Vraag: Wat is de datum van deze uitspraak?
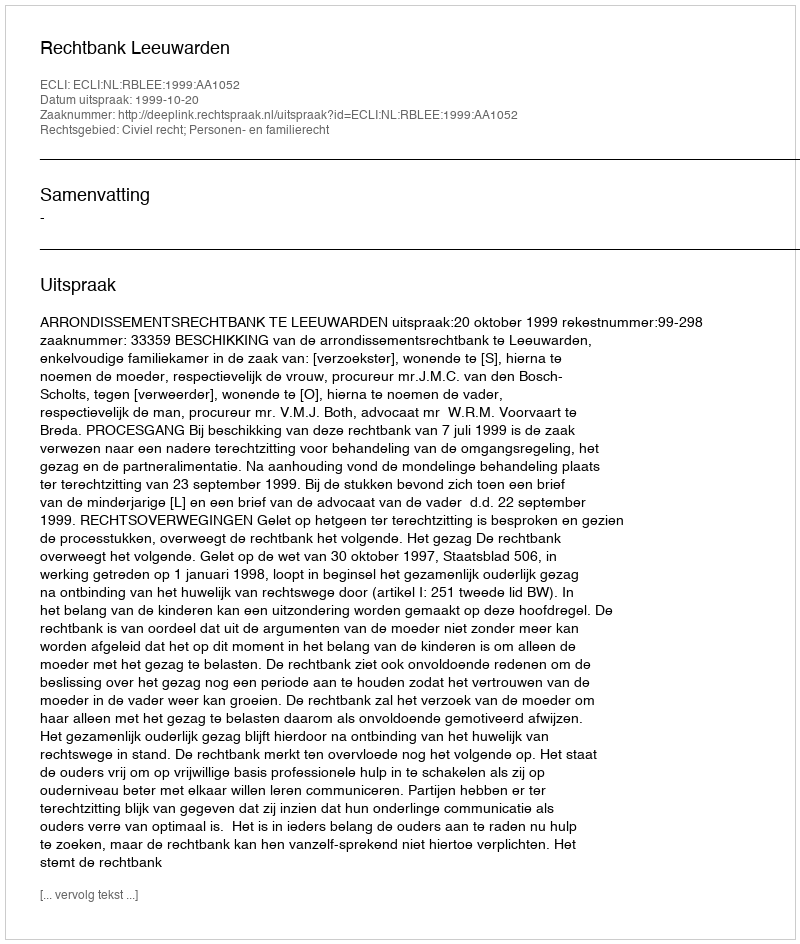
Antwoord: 1999-10-20